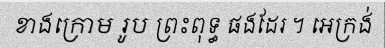
ខាងក្រោម រូប ព្រះពុទ្ធ ផងដែរ ។ អេក្រង់